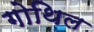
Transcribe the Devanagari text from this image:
गोथिल